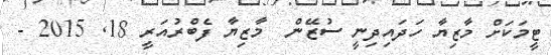
ޓީމަކަށް މާޒިޔާ ހަދައިދިނީ ސުޒޭން  މާޒިޔާ ފެބްރުއަރީ 18